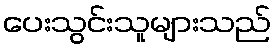
ပေးသွင်းသူများသည်